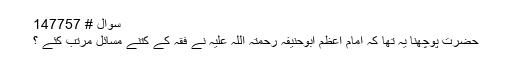
سوال # 147757
حضرت پوچھنا یہ تھا کہ امام اعظم ابوحنیفہ رحمتہ اللہ علیہ نے فقہ کے کتنے مسائل مرتب کئے ؟